Problem: 1 + 14 = ?
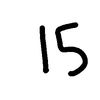
Handwritten answer: 15